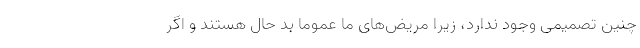
چنین تصمیمی وجود ندارد، زیرا مریض‌های ما عموما بد حال هستند و اگر